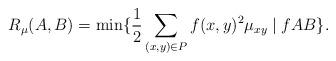
LaTeX: \begin{align*}R_\mu(A,B)=\min\{\frac{1}{2}\sum_{(x,y)\in P}f(x,y)^2\mu_{xy}\mid fAB \}.\end{align*}